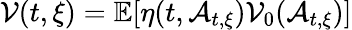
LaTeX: \mathcal{V}(t,\xi)=\mathbb{E}[\eta(t,\mathcal{A}_{t,\xi})\mathcal{V}_{0}(\mathcal{A}_{t,\xi})]